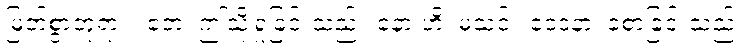
မြတ်စွာဘုရား။ ဧတံ၊ ဤသို့ရှုခြင်းသည်။ နော ဟိ၊ မသင့်။ ဝေဒနာ၊ ခံစာခြင်းသည်။